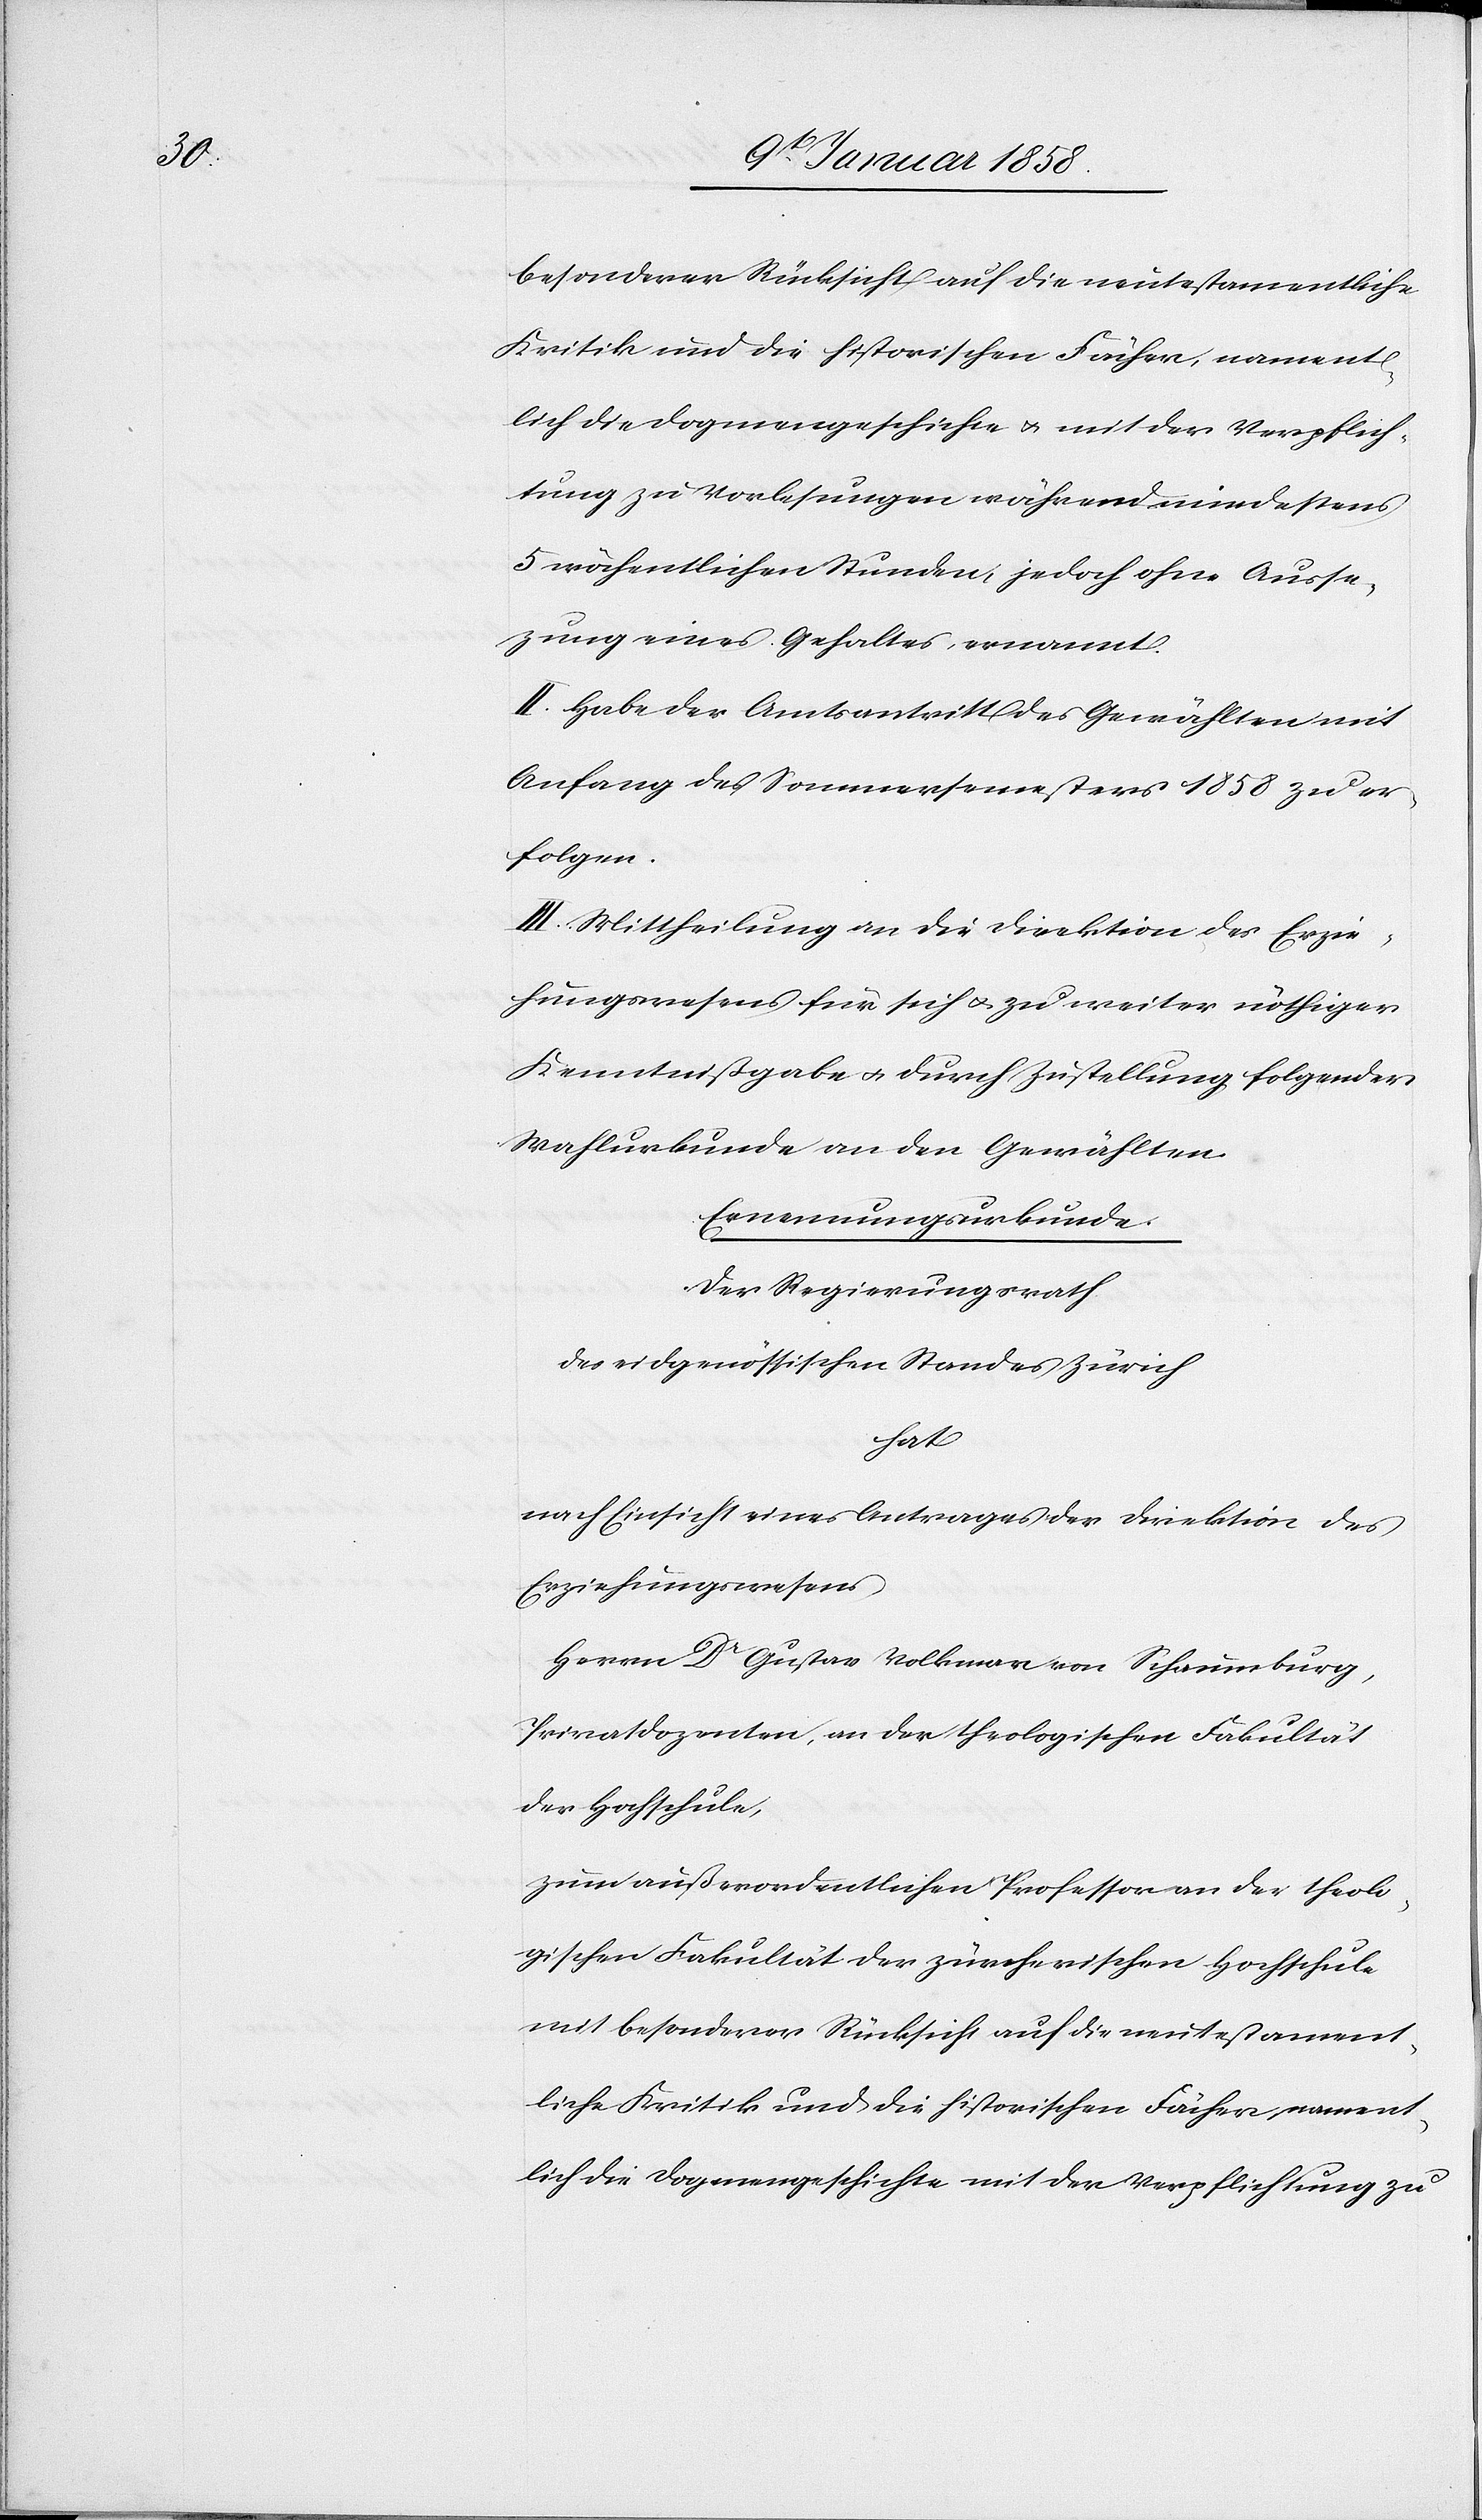
besonderer Rücksicht auf die neutestamentliche
Kritik und die historischen Fächer, nament¬
lich die Dogmengeschichte u. mit der Verpflich¬
tung zu Vorlesungen während mindestens
5 wöchentlichen Stunden, jedoch ohne Ausset¬
zung eines Gehaltes ernannt.
II. Habe der Amtsantritt des Gewählten mit
Anfang des Sommersemesters 1858 zu er¬
folgen.
III. Mittheilung an die Direktion des Erzie¬
hungswesens für sich u. zu weiter nöthiger
Kenntnißgabe u. durch Zustellung folgender
Wahlurkunde an den Gewählten.
Ernennungsurkunde.
Der Regierungsrath
des eidgenössischen Standes Zürich
hat
nach Einsicht eines Antrages der Direktion des
Erziehungswesens,
Herrn Dr. Gustav Volkmar von Schauenburg,
Privatdozenten an der theologischen Fakultät
der Hochschule,
zum außerordentlichen Professor an der theolo¬
gischen Fakultät der zürcherischen Hochschule
mit besonderer Rücksicht auf die neutestament¬
liche Kritik und die historischen Fächer, nament¬
lich die Dogmengeschichte und mit der Verpflichtung zu